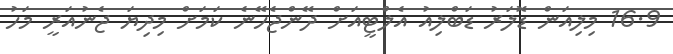
16.9 މިލިއަން ޑޮލަރު ޑަބްލިއު އެލްޓީއަށް ދޭންޖެހޭނެ ކަމަށް މިދިޔަ ޖެނުއަރީ މަހު